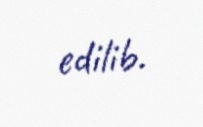
edilib.